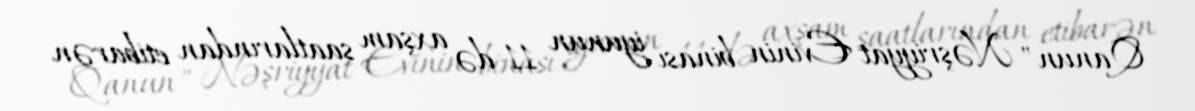
Qanun" Nəşriyyat Evinin binası iyunun 11-də axşam saatlarından etibarən